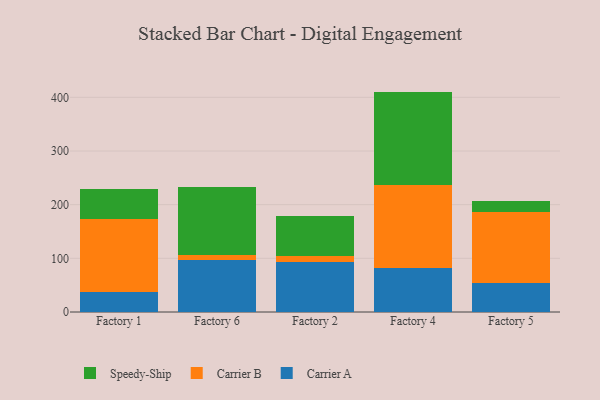
{"axis": {"x": "Factory", "y": "Gross Profit (USD K)"}, "legend": ["Carrier A", "Carrier B", "Speedy-Ship"], "data": [{"x": "Factory 1", "y": 37.9, "type": "Carrier A"}, {"x": "Factory 1", "y": 135.3, "type": "Carrier B"}, {"x": "Factory 1", "y": 55.7, "type": "Speedy-Ship"}, {"x": "Factory 6", "y": 97.0, "type": "Carrier A"}, {"x": "Factory 6", "y": 9.9, "type": "Carrier B"}, {"x": "Factory 6", "y": 126.5, "type": "Speedy-Ship"}, {"x": "Factory 2", "y": 92.8, "type": "Carrier A"}, {"x": "Factory 2", "y": 11.6, "type": "Carrier B"}, {"x": "Factory 2", "y": 75.4, "type": "Speedy-Ship"}, {"x": "Factory 4", "y": 81.4, "type": "Carrier A"}, {"x": "Factory 4", "y": 155.9, "type": "Carrier B"}, {"x": "Factory 4", "y": 173.4, "type": "Speedy-Ship"}, {"x": "Factory 5", "y": 53.6, "type": "Carrier A"}, {"x": "Factory 5", "y": 132.3, "type": "Carrier B"}, {"x": "Factory 5", "y": 21.1, "type": "Speedy-Ship"}]}